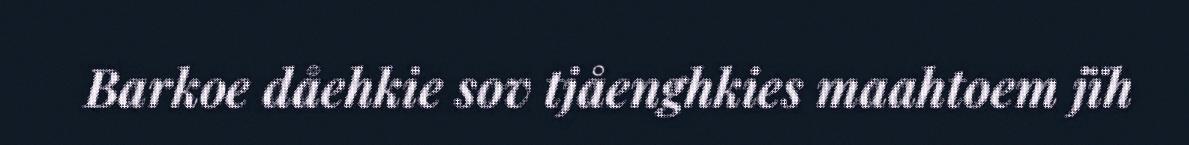
Barkoe dåehkie sov tjåenghkies maahtoem jïh